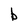
Character: b